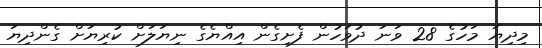
މިދިޔަ މަހުގެ 28 ވަނަ ދުވަހުން ފެށިގެން އިއްޔެގެ ނިޔަލަށް ކުރިޔަށް ގެންދިޔަ